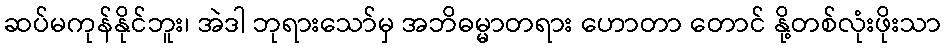
ဆပ်မကုန်နိုင်ဘူး၊ အဲဒါ ဘုရားသော်မှ အဘိဓမ္မာတရား ဟောတာ တောင် နို့တစ်လုံးဖိုးသာ